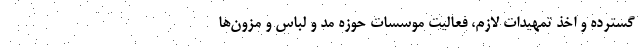
گسترده و اخذ تمهیدات لازم، فعالیت موسسات حوزه مد و لباس و مزون‌ها